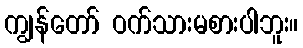
ကျွန်တော် ဝက်သားမစားပါဘူး။